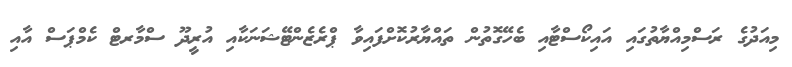
މިއަދުގެ ރަސްމިއްޔާތުގައި އައިކޯސްޓާއި ބެހޭގޮތުން ތައްޔާރުކޮށްފައިވާ ޕްރެޒެންޓޭޝަނަކާއި އުރީދޫ ސްމާރޓް ކެމްޕަސް އާއި